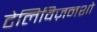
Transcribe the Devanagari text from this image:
टेलिविज़नशो